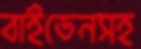
বাইডেনসহ